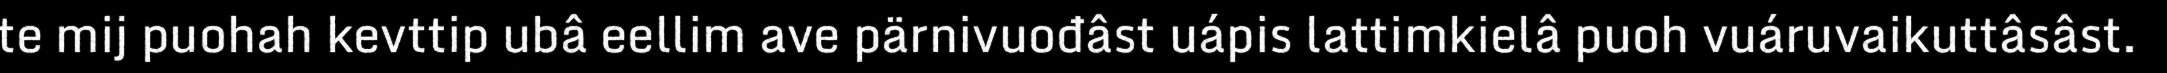
te mij puohah kevttip ubâ eellim ave pärnivuođâst uápis lattimkielâ puoh vuáruvaikuttâsâst.